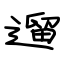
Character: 遛